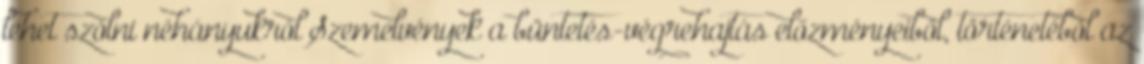
lehet szólni néhányukról Szemelvények a büntetés-végrehajtás előzményeiből, történetéből az